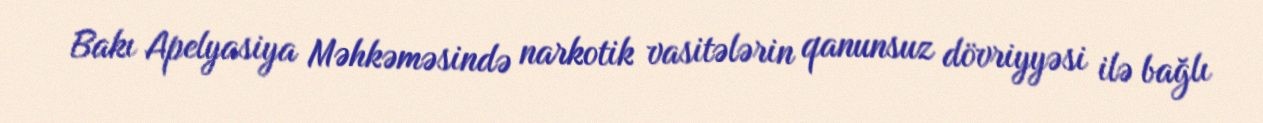
Bakı Apelyasiya Məhkəməsində narkotik vasitələrin qanunsuz dövriyyəsi ilə bağlı